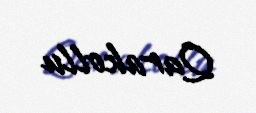
Qarakollu